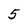
Character: 5